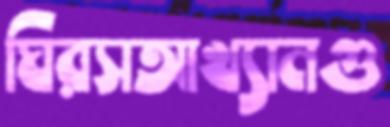
ঘিরসআখ্যানগু